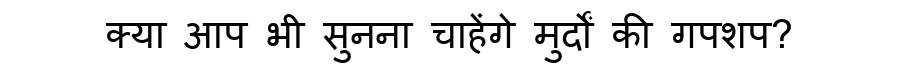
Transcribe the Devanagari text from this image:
क्या आप भी सुनना चाहेंगे मुर्दों की गपशप?